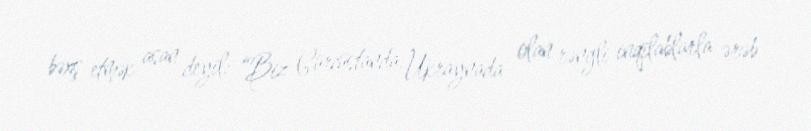
bəxş etmək asan deyil: “Biz Gürcüstanda, Ukraynada olan rəngli inqilablarla ərəb